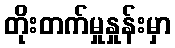
တိုးတက်မှုနှုန်းမှာ